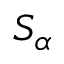
S _ { \alpha }